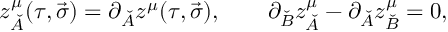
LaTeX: z _ { \check { A } } ^ { \mu } ( \tau , \vec { \sigma } ) = \partial _ { \check { A } } z ^ { \mu } ( \tau , \vec { \sigma } ) , \quad \quad \partial _ { \check { B } } z _ { \check { A } } ^ { \mu } - \partial _ { \check { A } } z _ { \check { B } } ^ { \mu } = 0 ,